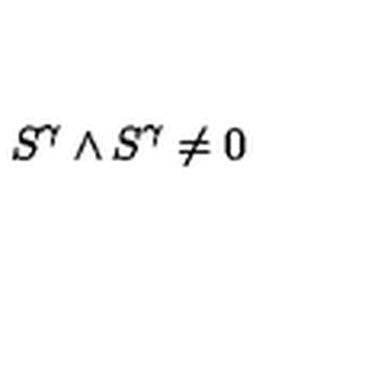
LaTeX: S ^ { \gamma } \wedge S ^ { \gamma } \not = 0 \label H